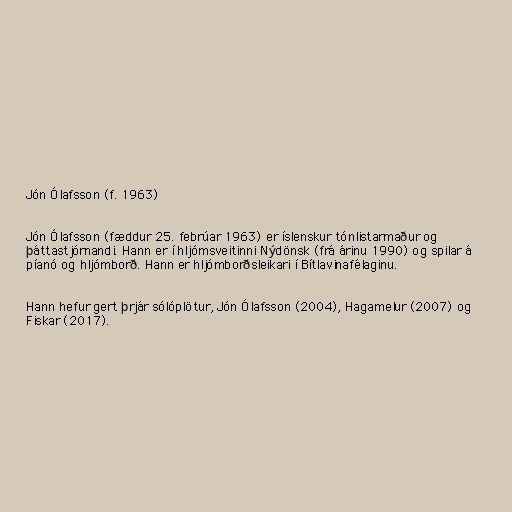
Jón Ólafsson (f. 1963)

Jón Ólafsson (fæddur 25. febrúar 1963) er íslenskur tónlistarmaður og
þáttastjórnandi. Hann er í hljómsveitinni Nýdönsk (frá árinu 1990) og spilar á
píanó og hljómborð. Hann er hljómborðsleikari í Bítlavinafélaginu.

Hann hefur gert þrjár sólóplötur, Jón Ólafsson (2004), Hagamelur (2007) og
Fiskar (2017).